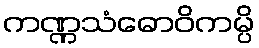
ကဏ္ဏသံဓောဝိကမ္ပိ